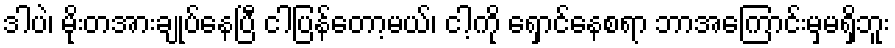
ဒါပဲ၊ မိုးတအားချုပ်နေပြီ ငါပြန်တော့မယ်၊ ငါ့ကို ရှောင်နေစရာ ဘာအကြောင်းမှမရှိဘူး